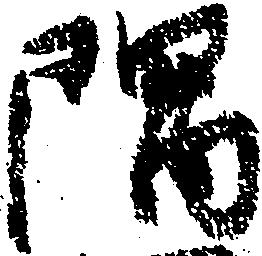
隅